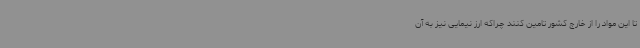
تا این مواد را از خارج کشور تامین کنند چراکه ارز نیمایی نیز به آن